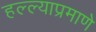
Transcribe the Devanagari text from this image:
हल्ल्याप्रमाणे